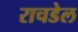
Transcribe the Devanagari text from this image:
राचडेल